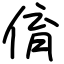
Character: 俼